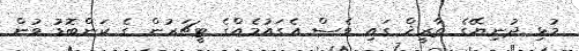
މުޅި ދުނިޔޭގެ ތާރީޚް ގައި ވެސް އެގައުމެއްގެ ޓީޗަރުން ގެ ކަންބޮޑު ވުން